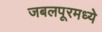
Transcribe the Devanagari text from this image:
जबलपूरमध्ये